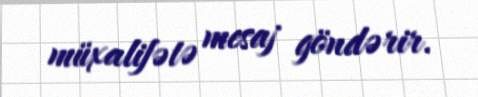
müxalifətə mesaj göndərir.